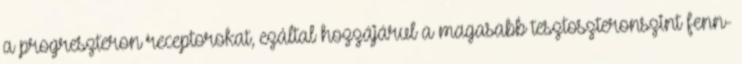
a progreszteron receptorokat, ezáltal hozzájárul a magasabb tesztoszteronszint fenn-